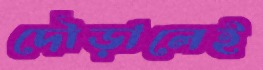
দৌড়ালেই